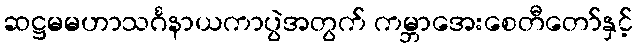
ဆဋ္ဌမမဟာသင်္ဂနာယကာပွဲအတွက် ကမ္ဘာအေးစေတီတော်နှင့်